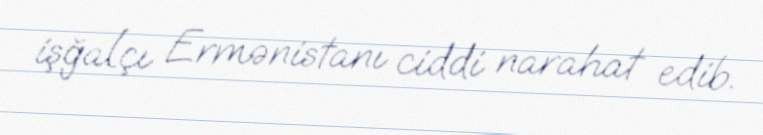
işğalçı Ermənistanı ciddi narahat edib.